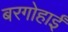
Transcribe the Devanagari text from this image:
बरगोहाईं